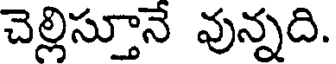
చెల్లిస్తూనే వున్నది.